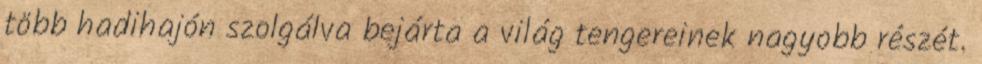
több hadihajón szolgálva bejárta a világ tengereinek nagyobb részét.